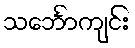
သင်္ဘောကျင်း